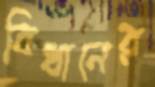
বিধানের